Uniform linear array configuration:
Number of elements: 64
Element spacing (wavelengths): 0.25
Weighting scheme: binomial
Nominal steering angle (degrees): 30
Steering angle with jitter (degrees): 31.295
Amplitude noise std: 0.05
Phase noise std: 0.05

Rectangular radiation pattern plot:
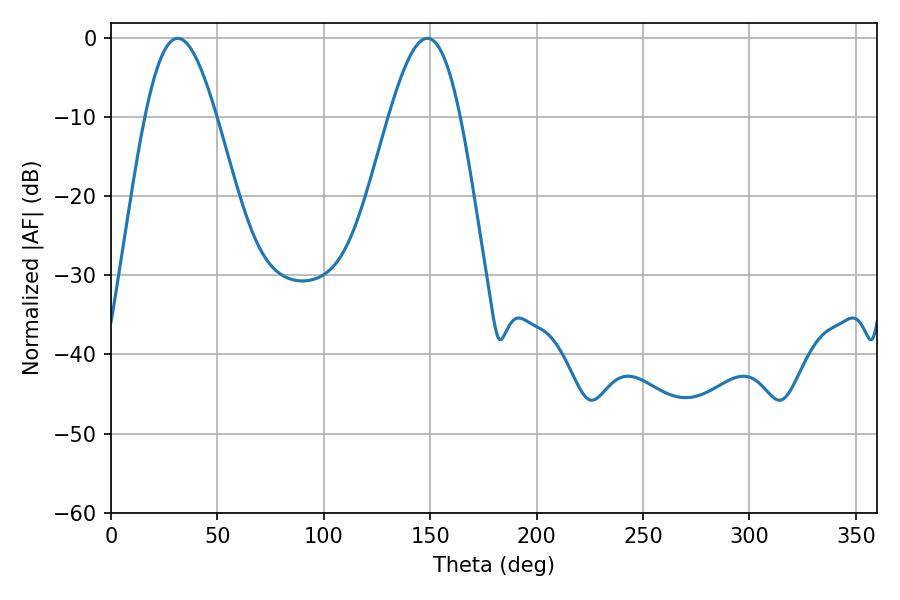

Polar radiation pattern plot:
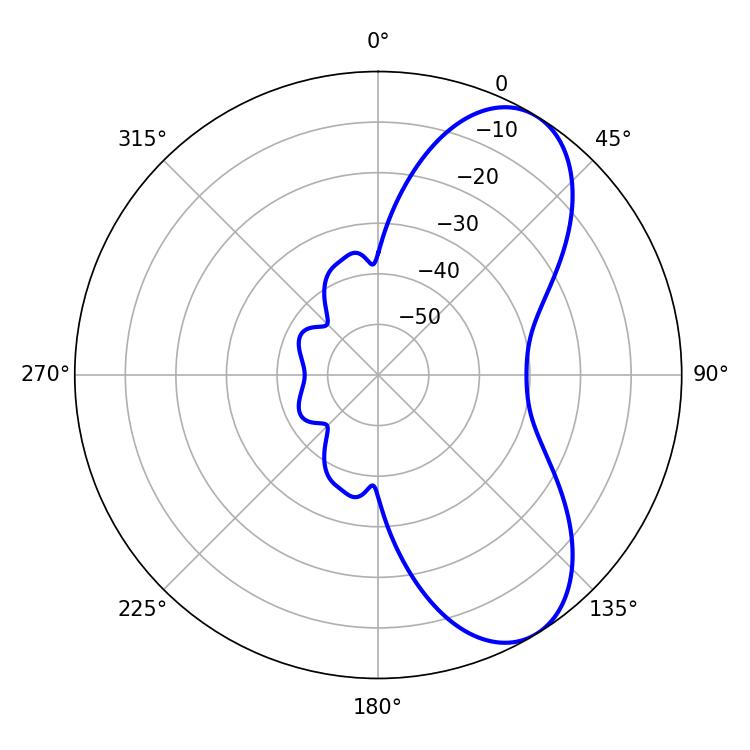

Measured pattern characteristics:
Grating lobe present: FALSE
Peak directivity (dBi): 7.395
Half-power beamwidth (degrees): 18
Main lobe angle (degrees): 31.32